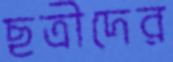
ছত্রীদের